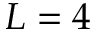
L = 4